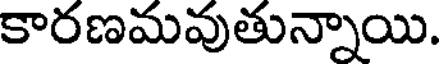
కారణమవుతున్నాయి.